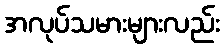
အလုပ်သမားများလည်း